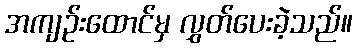
အကျဉ်းထောင်မှ လွှတ်ပေးခဲ့သည်။